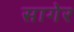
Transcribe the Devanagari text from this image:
सागेर